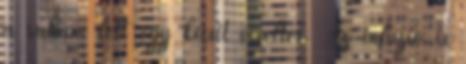
a ruhám lett egy kicsit viseltes. Az infúzió is